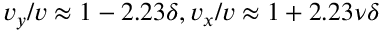
v _ { y } / v \approx 1 - 2 . 2 3 \delta , v _ { x } / v \approx 1 + 2 . 2 3 \nu \delta